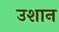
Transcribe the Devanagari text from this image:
उशान